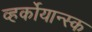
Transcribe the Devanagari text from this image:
व्हर्कोयान्स्क